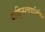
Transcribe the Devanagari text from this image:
वाङ्निश्चयानिमित्त